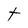
Character: t